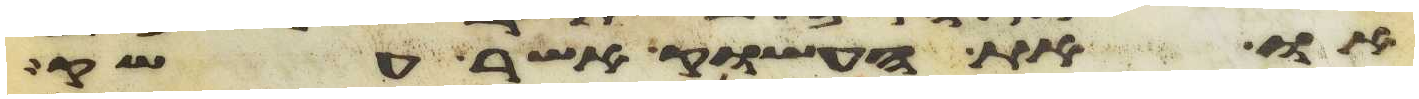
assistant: או את העשוק אשר עשק